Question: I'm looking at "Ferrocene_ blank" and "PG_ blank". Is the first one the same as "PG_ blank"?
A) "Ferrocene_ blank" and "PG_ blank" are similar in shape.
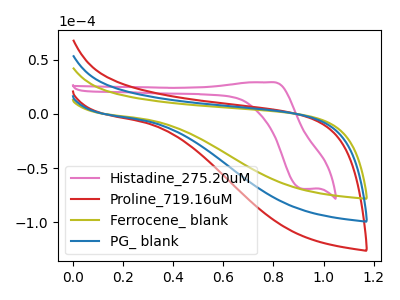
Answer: <think>The pink curve "Histadine_275.20uM" has an anodic peak at (0.80V, 29.05uA) and a cathodic peak at (0.90V, -69.30uA). The red curve "Proline_719.16uM" has no peaks. The olive curve "Ferrocene_ blank" has no peaks. The blue curve "PG_ blank" has no peaks.
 Neither "Ferrocene_ blank" or "PG_ blank" have any peaks.</think>
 <answer>A) "Ferrocene_ blank" and "PG_ blank" are similar in shape.</answer>
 <eval>A</eval>